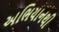
અભિયાનથી